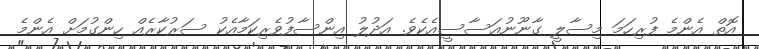
އޮތް އެންމެ ފުރިހަމަ މިސާލީ ގާނޫނުއަސާސީއެކެވެ. އަދުލު އިންސާފުވެރިކަމާއެކު ސަރުކާރެއް ހިންގުމަށް އެންމެ